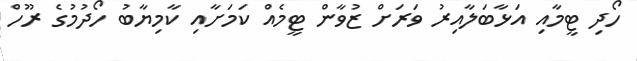
ހޯދި ޓީމާއި އަޅާބަލާއިރު ވަރަށް ޒުވާން ޓީމެއް ކަމަށާއި ކާމިޔާބު ހޯދުމުގެ ރޫހް